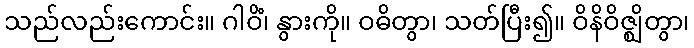
သည်လည်းကောင်း။ ဂါဝိံ၊ နွားကို။ ဝဓိတွာ၊ သတ်ပြီး၍။ ဝိနိဝိဇ္ဈိတွာ၊